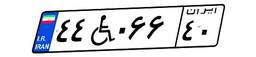
۴۴W۰۶۶۴۰